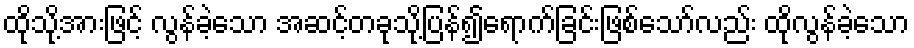
ထိုသို့အားဖြင့် လွန်ခဲ့သော အဆင့်တခုသို့ပြန်၍ရောက်ခြင်းဖြစ်သော်လည်း ထိုလွန်ခဲ့သော